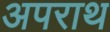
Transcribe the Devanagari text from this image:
अपराथ